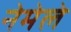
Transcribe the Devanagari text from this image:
नेमेले